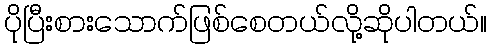
ပိုပြီးစားသောက်ဖြစ်စေတယ်လို့ဆိုပါတယ်။